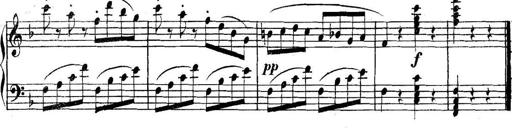
Title: Collected Piano Sonatas
Composer: Muzio Clementi